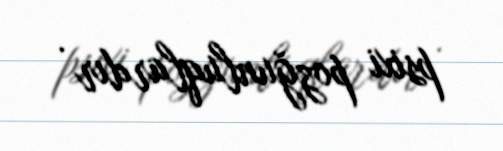
psixi pozğunluqlardır .